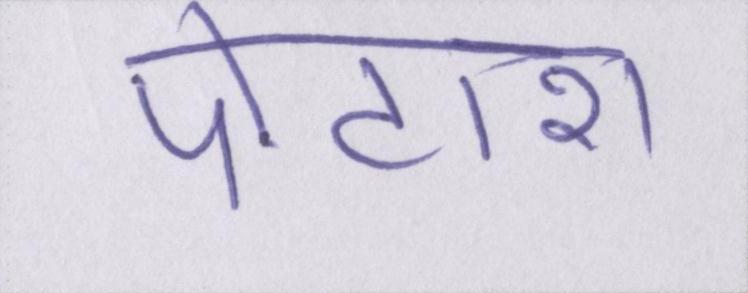
पोटाश